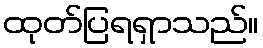
ထုတ်ပြရရှာသည်။